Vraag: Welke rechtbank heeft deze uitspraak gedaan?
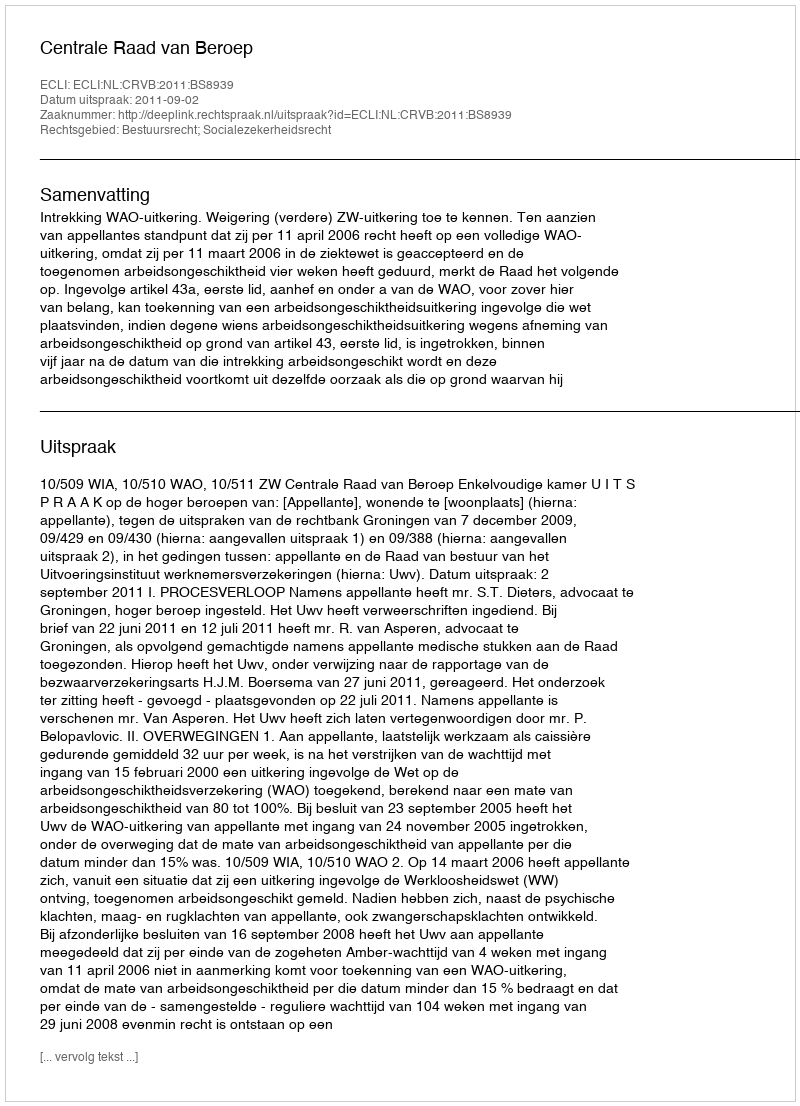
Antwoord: Centrale Raad van Beroep